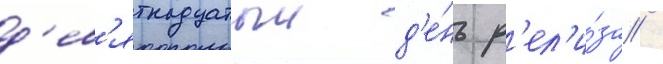
д'ев'ятнадцатыи д'е́нь р'ел'и́за /